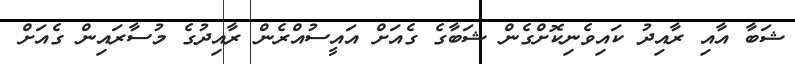
ޝަބާ އާއި ރާއިދު ކައިވެނިކޮށްގެން ޝަބާގެ ގެއަށް އައީސުއްރެން ރާއިދުގެ މުސާރައިން ގެއަށް